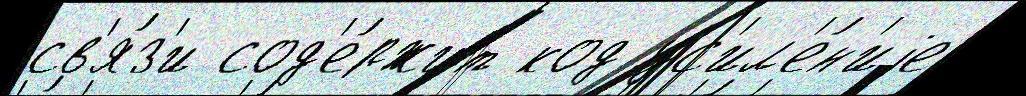
св'я́з'и сод'е́ржит код ус'ил'е́н'иjе